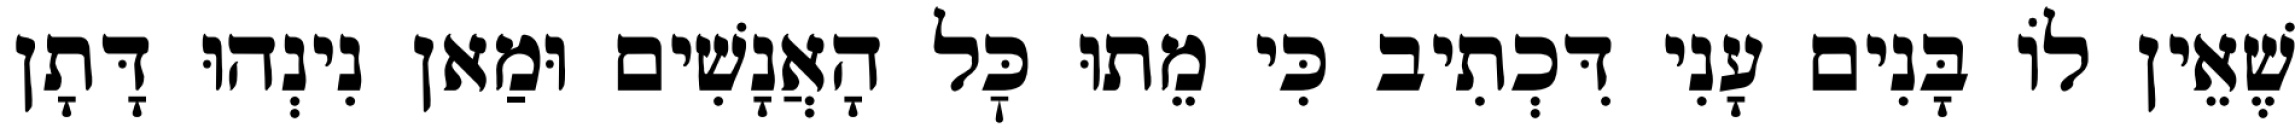
שֶׁאֵין לוֹ בָּנִים עָנִי דִּכְתִיב כִּי מֵתוּ כׇּל הָאֲנָשִׁים וּמַאן נִינְהוּ דָּתָן